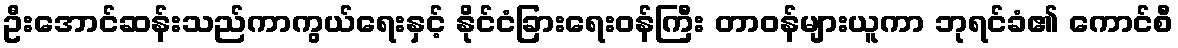
ဦးအောင်ဆန်းသည်ကာကွယ်ရေးနှင့် နိုင်ငံခြားရေးဝန်ကြီး တာဝန်များယူကာ ဘုရင်ခံ၏ ကောင်စီ